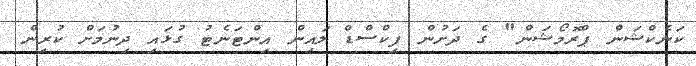
ކަނެކްޝަން ޕްރޮމޯޝަން" ގެ ދަށުން ފިކްސްޑް ލައިން އިންޓަނެޓު ގުޅައި ދިނުމަށް ކުރިން